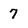
Character: 7